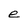
Character: e